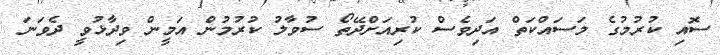
ސޮއި ކުރުމުގެ މަސައްކަތް އަދިވެސް ކުރިއަށްދޭތޯ ސުވާލު ކުރުމުން އަމީން ވިދާޅުވީ ދެވަނަ